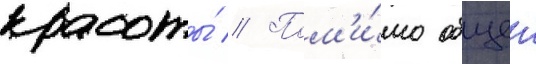
красоты́ // Пом'и́мо общеи